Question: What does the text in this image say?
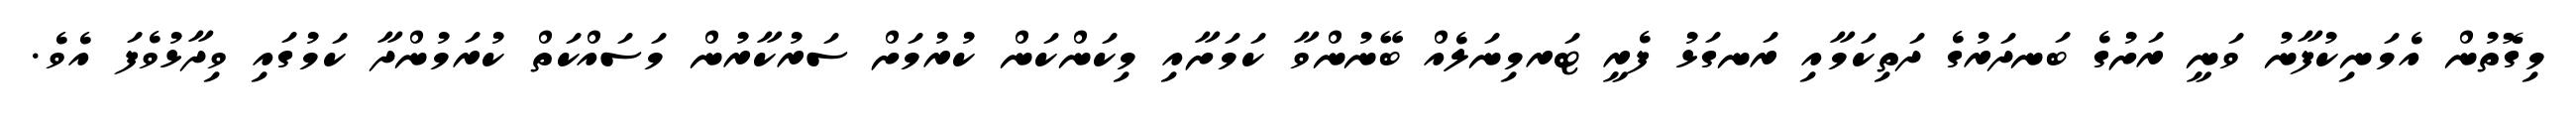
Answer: މިގޮތުން އެމަނިކުފާނު ވަނީ ރަށުގެ ބަނދަރުގެ ދަތިކަމާއި ރަނގަޅު ފެރީ ޓަރމިނަލެއް ބޭނުންވާ ކަމަށާއި މިކަންކަން ކުރުމަށް ސަރުކާރުން މަސައްކަތް ކުރަމުންދާ ކަމުގައި ވިދާޅުވެފަ އެވެ.